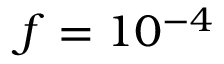
f = 1 0 ^ { - 4 }